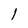
Character: l